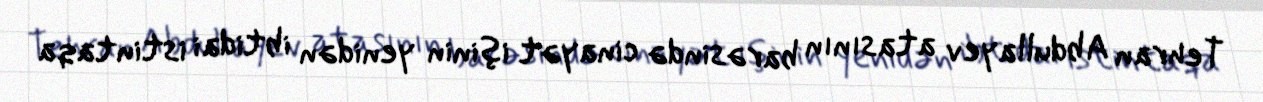
Tehran Abdullayev atasının barəsində cinayət işinin yenidən ibtidai istintaqa